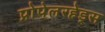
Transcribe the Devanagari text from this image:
प्रोपेलरहेड्स